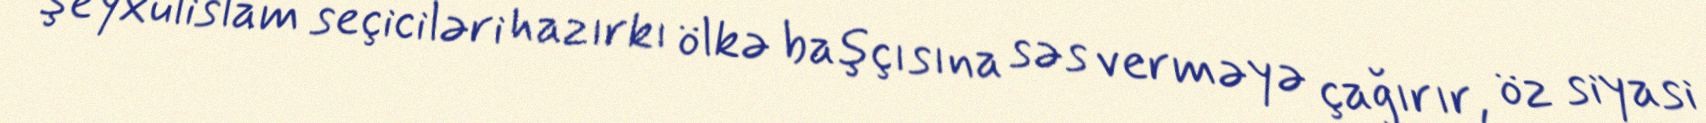
Şeyxülislam seçiciləri hazırkı ölkə başçısına səs verməyə çağırır, öz siyasi